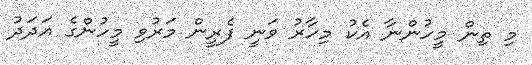
މި ތިން މީހުންނާ އެކު މިހާރު ވަނީ ފެރީން މަރުވި މީހުންގެ އަދަދު